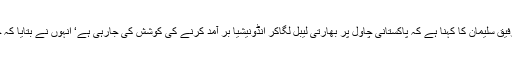
تفصیلات کے مطابق رائس ایکسپورٹرز ایسو سی ایشن سینئر وائس چیئرمین رفیق سلیمان کا کہنا ہے کہ پاکستانی چاول پر بھارتی لیبل لگاکر انڈونیشیا بر آمد کرنے کی کوشش کی جارہی ہے‘ انہوں نے بتایا کہ حالیہ دنوں میں انڈونیشیا کے حکومتی ادارے بلوگ نے چاول کا ٹینڈر دیا تھا ۔